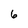
Character: 6